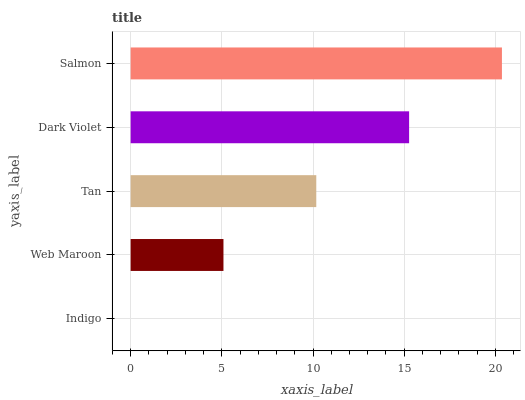
| yaxis_label | bars |
 | --- | --- |
 | Indigo | 0 |
 | Web Maroon | 5.09 |
 | Tan | 10.2 |
 | Dark Violet | 15.3 |
 | Salmon | 20.4 |